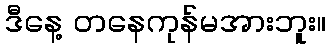
ဒီနေ့ တနေကုန်မအားဘူး။